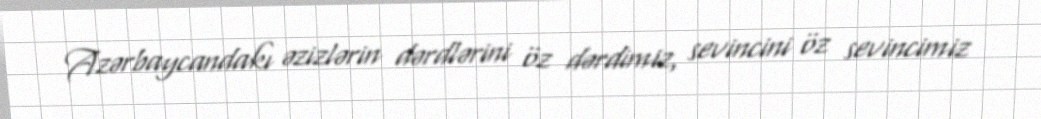
Azərbaycandakı əzizlərin dərdlərini öz dərdimiz, sevincini öz sevincimiz